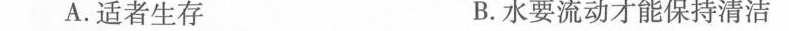
A.适者生存 B.水要流动才能保持清洁